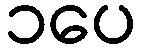
၁ပေ